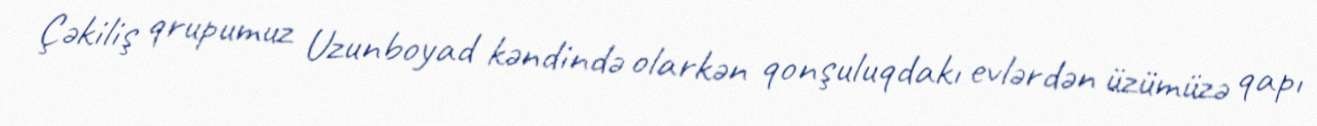
Çəkiliş qrupumuz Uzunboyad kəndində olarkən qonşuluqdakı evlərdən üzümüzə qapı